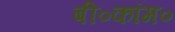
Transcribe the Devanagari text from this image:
बी०कॉम०